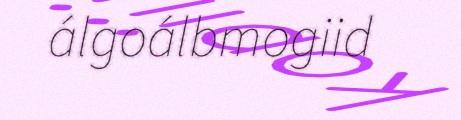
álgoálbmogiid